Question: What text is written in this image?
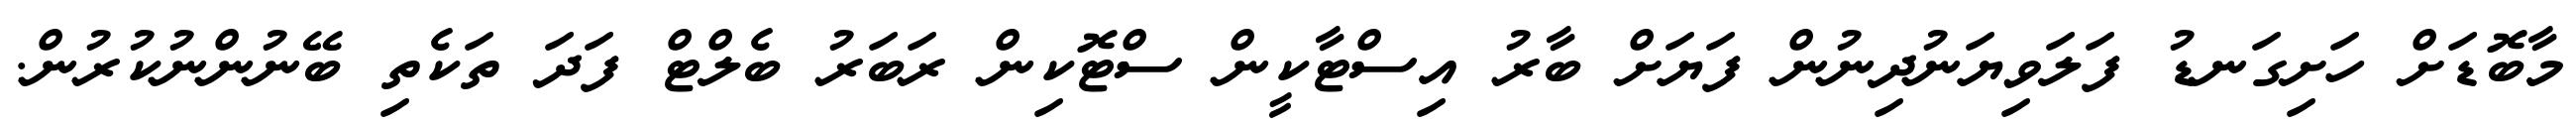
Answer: މާބޮޑަށް ހަށިގަނޑު ފަލަވިޔަނުދިނުން ފަޔަށް ބާރު އިސްޓާކީން ސްޓޮކިން ރަބަރު ބެލްޓް ފަދަ ތަކެތި ބޭނުންނުކުރުން.